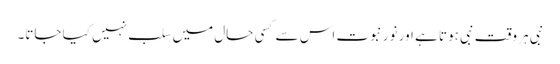
نبی ہر وقت نبی ہوتا ہے اور نور نبوت اس سے کسی حال میں سلب نہیں کیا جاتا۔